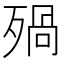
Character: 𣨱